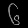
Digit: ၆